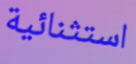
استثنائية